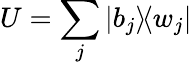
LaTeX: U=\sum_{j}|b_{j}\rangle\! \langle w_{j}|